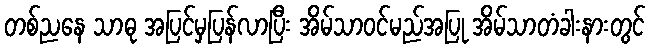
တစ်ညနေ သာဓု အပြင်မှပြန်လာပြီး အိမ်သာဝင်မည်အပြု အိမ်သာတံခါးနားတွင်